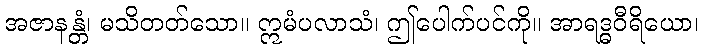
အဇာနန္တံ၊ မသိတတ်သော။ ဣမံပလာသံ၊ ဤပေါက်ပင်ကို။ အာရဒ္ဓဝီရိယော၊